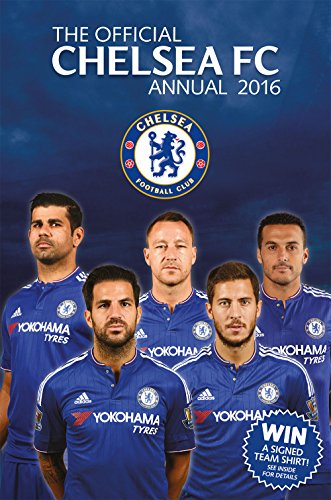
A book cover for The Official Chelsea FC Annual 2016; David Antill; Children's Books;